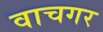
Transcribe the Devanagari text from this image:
वाचगर